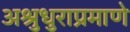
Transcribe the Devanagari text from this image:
अश्रुधुराप्रमाणे